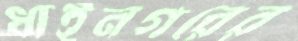
ধাইনগরের